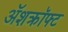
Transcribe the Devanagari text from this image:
ॲशक्रॉफ्ट